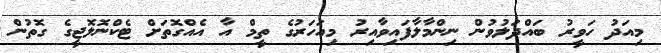
މިއަދު ހަވީރު ބައްދަލުވުން ނިންމާލާފައިވާއިރު މިއަހަރުގެ ތީމް އާ އެއްގޮތަށް ޓެކްނޮލޮޖީގެ ގޮތުން